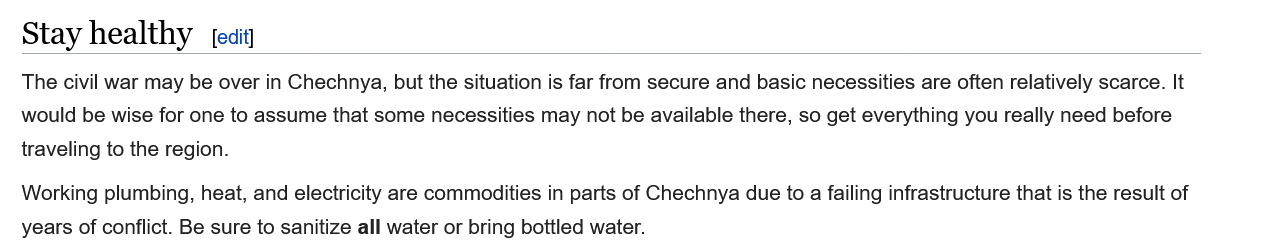
The civil war may be over in Chechnya, but the situation is far from secure and basic necessities are often relatively scarce. It
   would be wise for one to assume that some necessities may not be available there, so get everything you really need before
   traveling to the region.
   Working plumbing, heat, and electricity are commodities in parts of Chechnya due to a failing infrastructure that is the result of
   years of conflict. Be sure to sanitize all water or bring bottled water.
   Stay  healthy    [edit]